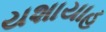
યશાયાહ